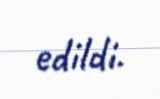
edildi.